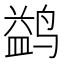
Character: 鹢